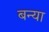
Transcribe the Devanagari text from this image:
बन्या